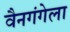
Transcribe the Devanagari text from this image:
वैनगंगेला